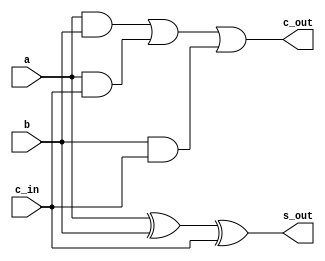
//////////////////////////////////////////////////////////////////////////////////
//  Company: ITESO
//  Engineers: Braulio Martinez Aceves, Jorge Alberto Padilla Gutierrez
//  Module Description: Definition of a basic FullAdder with one bit inputs
//  This is used for the addersubtractr model implemented with parameters
//  where we generate multiple instances of this module
//////////////////////////////////////////////////////////////////////////////////
module full_adder(
	 //Inputs
    input a,
    input b,
    input c_in,
	 //Outputs
    output s_out,
    output c_out
    );
        
    //Combinatorial assign of c_in (a ^ b ^ c_in)
    assign s_out = a ^ b ^ c_in;
    
    //Combinatorial assign of c_out
    assign c_out = (a & b)|(a & c_in)|(b & c_in);    
    
endmodule